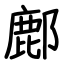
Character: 鄜